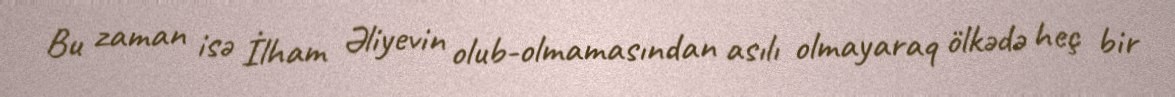
Bu zaman isə İlham Əliyevin olub-olmamasından asılı olmayaraq ölkədə heç bir